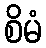
စိမံ